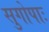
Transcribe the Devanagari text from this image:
सुगोपाः